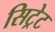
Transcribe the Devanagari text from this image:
सिट्रेट